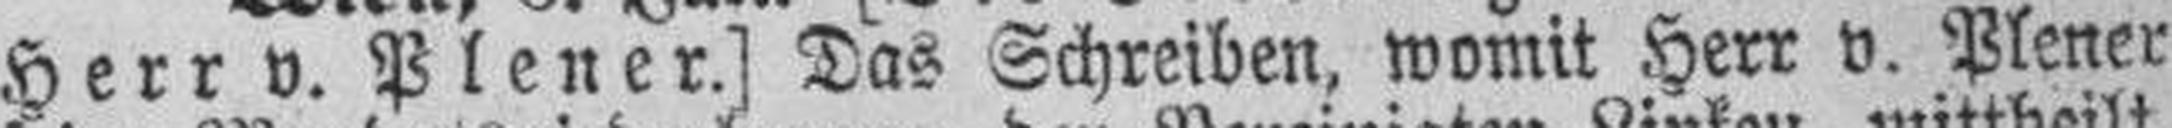
Herr v. Plener.] Das Schreiben, womit Herr v. Plener